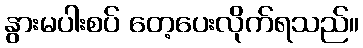
နွားမပါးစပ် တေ့ပေးလိုက်ရသည်။